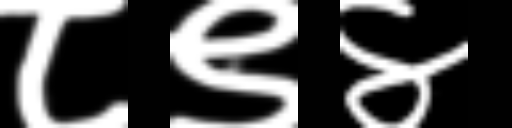
Text: ८९४